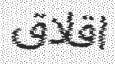
اقلاق